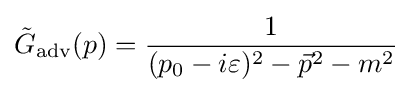
{\tilde {G}}_{\text{adv}}(p)={\frac {1}{(p_{0}-i\varepsilon )^{2}-{\vec {p}}^{2}-m^{2}}}